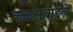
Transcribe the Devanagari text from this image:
कळसूबाईचे